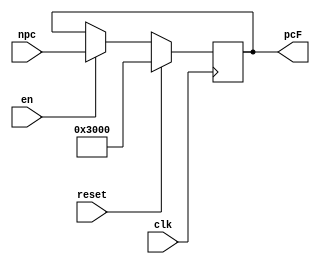
`timescale 1ns / 1ps
//////////////////////////////////////////////////////////////////////////////////
// Company: 
// Engineer: 
// 
// Design Name: 
// Module Name:    pc 
// Project Name: 
// Target Devices: 
// Tool versions: 
// Description: 
//
// Dependencies: 
//
// Revision: 
// Revision 0.01 - File Created
// Additional Comments: 
//
//////////////////////////////////////////////////////////////////////////////////
module pc(
    input [31:0] npc,
	 input reset,
    input clk,
    input en,
    output reg [31:0] pcF
    );
	 initial begin
	     pcF = 32'h00003000;
	 end
	 always@(posedge clk)begin
	    if(reset) pcF <= 32'h00003000;
		 else begin
		    if(en) pcF <= npc;
			 else pcF <= pcF;
		 end
	 end


endmodule